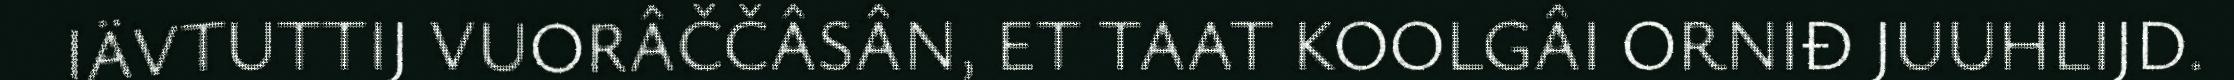
IÄVTUTTIJ VUORÂČČÂSÂN, ET TAAT KOOLGÂI ORNIĐ JUUHLIJD.